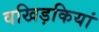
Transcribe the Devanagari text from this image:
वखिड़कियां